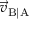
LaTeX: { \vec { v } } _ { \mathrm { B | A } }